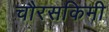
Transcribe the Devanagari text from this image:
चौरसकिमी